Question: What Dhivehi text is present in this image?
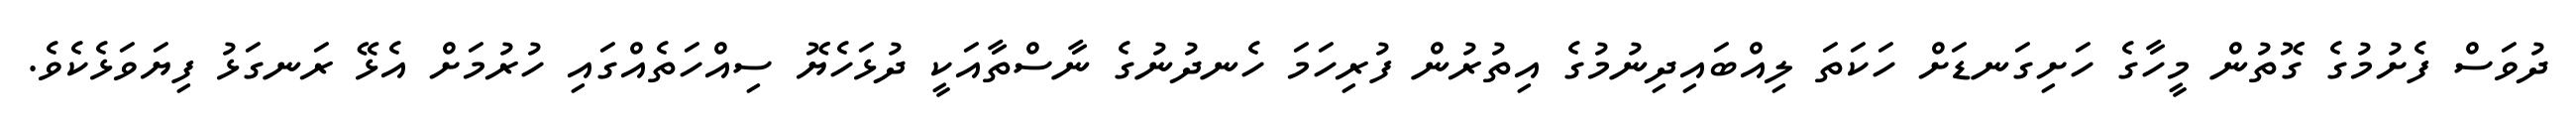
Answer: ދުވަސް ފެށުމުގެ ގޮތުން މީހާގެ ހަށިގަނޑަށް ހަކަތަ ލިއްބައިދިނުމުގެ އިތުރުން ފުރިހަމަ ހެނދުނުގެ ނާސްތާއަކީ ދުޅަހެޔޮ ސިއްހަތެއްގައި ހުރުމަށް އެޅޭ ރަނގަޅު ފިޔަވަޅެކެވެ.